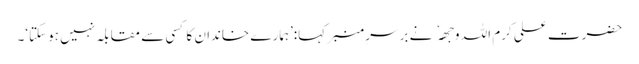
حضرت علی کرم اللہ وجھہ نے برسرِ منبر کہا:’ہمارے خاندان کا کسی سے مقابلہ نہیں ہوسکتا‘۔